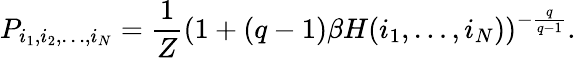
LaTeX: P_{i_{1},i_{2},\ldots,i_{N}}=\frac{1}{Z}(1+(q-1)\beta H(i_{1},\ldots,i_{N}))^{-\frac{q}{q-1}}.